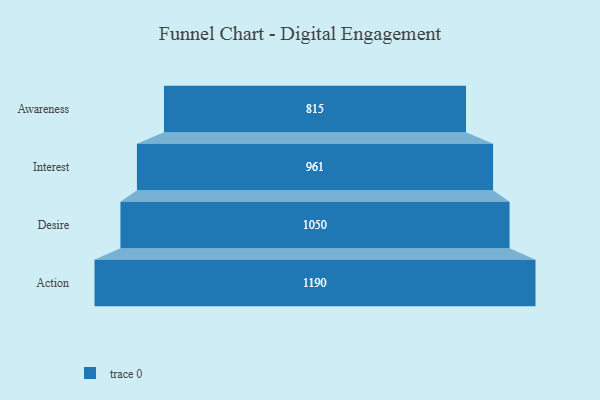
{"axis": {"x": "Stage", "y": "Value"}, "legend": [""], "data": [{"x": "Awareness", "y": 815.0, "type": ""}, {"x": "Interest", "y": 961.0, "type": ""}, {"x": "Desire", "y": 1050.0, "type": ""}, {"x": "Action", "y": 1190.0, "type": ""}]}